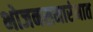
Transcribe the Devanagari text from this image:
भोजनसमारंभात